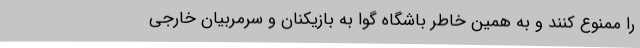
را ممنوع کنند و به همین خاطر باشگاه گوا به بازیکنان و سرمربیان خارجی